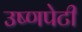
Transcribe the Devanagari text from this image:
उष्णपेटी